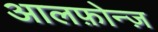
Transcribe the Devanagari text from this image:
आलफ़ोन्ज़